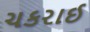
ચકરાઈ